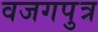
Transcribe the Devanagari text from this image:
वजगपुत्र